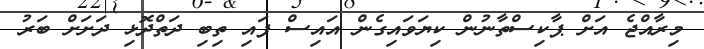
މިރާއްޖެ އަށް ޕާކިސްތާނުން ކިޔަވައިގެން އައިސް ފައި ތިބި ދަތްދޮޅި ދަށަށް ބަރު